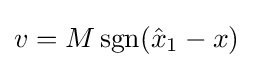
v=M\operatorname {sgn} ({\hat {x}}_{1}-x)